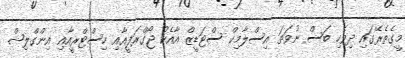
މީގެތެރޭގައި ދިވެހި ބަސް ނުވަތަ އިސްލާމިކް ސްޓަޑީޒް އާއެކު ޖޯގްރަފީއާއި ހިސްޓްރީއާއި އިންގްލިޝް